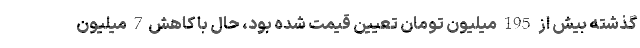
گذشته بیش از 195 میلیون تومان تعیین قیمت شده بود، حال با کاهش7 میلیون